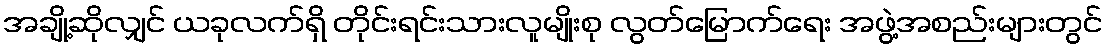
အချို့ဆိုလျှင် ယခုလက်ရှိ တိုင်းရင်းသားလူမျိုးစု လွတ်မြောက်ရေး အဖွဲ့အစည်းများတွင်